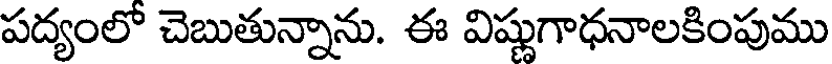
పద్యంలో చెబుతున్నాను. ఈ విష్ణుగాధనాలకింపుము